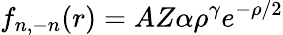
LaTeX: f_{n,-n}(r)=AZ\alpha\rho^{\gamma}e^{-\rho/2}